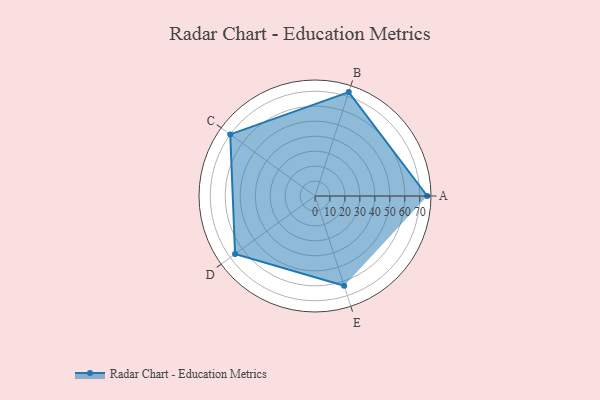
{"axis": {"x": "Skill", "y": "Score"}, "legend": ["Profile"], "data": [{"x": "A", "y": 75.0, "type": "Profile"}, {"x": "B", "y": 73.0, "type": "Profile"}, {"x": "C", "y": 70.0, "type": "Profile"}, {"x": "D", "y": 66.0, "type": "Profile"}, {"x": "E", "y": 63.0, "type": "Profile"}]}